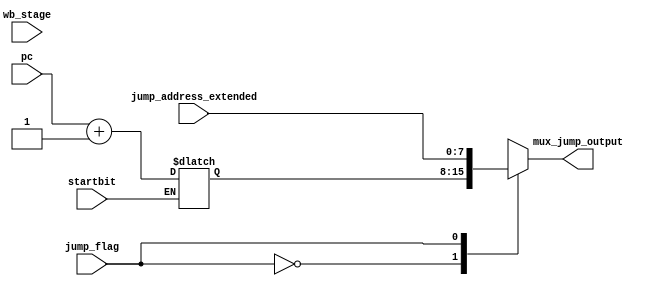
`timescale 1ns / 1ps
module jump_mux(
    input wb_stage,
    input startbit,
    input [7:0] pc,
    input [7:0] jump_address_extended,
    input jump_flag,
    output [7:0] mux_jump_output
    );
    
    reg [7:0] mux_jump_output_temp;
    reg [7:0] added1;
    
    initial
    begin
        mux_jump_output_temp = 0;
        added1 = 0;
    end
    
    always @(wb_stage)
    begin
        if(startbit==1)
        begin
            added1 = pc + 1;
        end
    end
    
    always @(added1)
    begin
        case (jump_flag)
            0: mux_jump_output_temp = added1;
            1: mux_jump_output_temp = jump_address_extended;
        endcase
    end
    assign mux_jump_output = mux_jump_output_temp;
endmodule